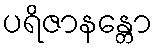
ပရိဇာနန္တော